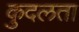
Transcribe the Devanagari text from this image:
कुदलता